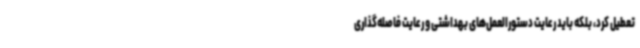
تعطیل کرد، بلکه باید رعایت دستورالعمل‌های بهداشتی و رعایت فاصله‌گذاری